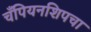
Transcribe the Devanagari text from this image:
चँपियनशिपचा